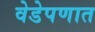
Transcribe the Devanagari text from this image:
वेडेपणात